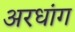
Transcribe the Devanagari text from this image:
अरधांग